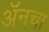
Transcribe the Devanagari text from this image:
अॅनचा